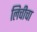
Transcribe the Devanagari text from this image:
लिचीचा